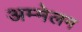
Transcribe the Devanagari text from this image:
अम्मेलन